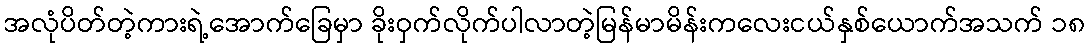
အလုံပိတ်တဲ့ကားရဲ့အောက်ခြေမှာ ခိုးဝှက်လိုက်ပါလာတဲ့မြန်မာမိန်းကလေးငယ်နှစ်ယောက်အသက် ၁၈